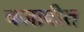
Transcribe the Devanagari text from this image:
बजावीत